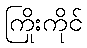
ကြိုးကိုင်